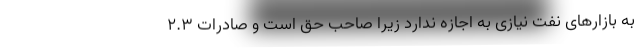
به بازارهای نفت نیازی به اجازه ندارد زیرا صاحب حق است و صادرات ۲.۳